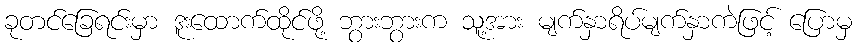
ခုတင်ခြေရင်းမှာ ဒူးထောက်ထိုင်ဖို့ ဘွားဘွားက သူ့အား မျက်နှာရိပ်မျက်နှာကဲဖြင့် ပြောမှ